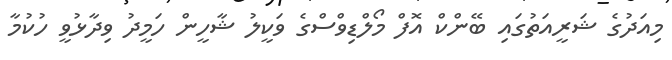
މިއަދުގެ ޝަރީއަތުގައި ބޭންކް އޮފް މޯލްޑިވްސްގެ ވަކީލު ޝާހީން ހަމީދު ވިދާޅުވީ ހުކުމާ